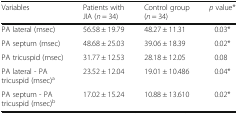
| Variables | Patients with JIA (n = 34) | Control group (n = 34) | p value* |
 | --- | --- | --- | --- |
 | PA lateral (msec) | 56.58 ± 19.79 | 48.27 ± 11.31 | 0.03* |
 | PA septum (msec) | 48.68 ± 25.03 | 39.06 ± 18.39 | 0.02* |
 | PA tricuspid (msec) | 31.77 ± 12.53 | 28.18 ± 12.05 | 0.08 |
 | PA lateral - PA tricuspid (msec)a | 23.52 ± 12.04 | 19.01 ± 10.486 | 0.04* |
 | PA septum - PA tricuspid (msec)b | 17.02 ± 15.24 | 10.88 ± 13.610 | 0.02* |